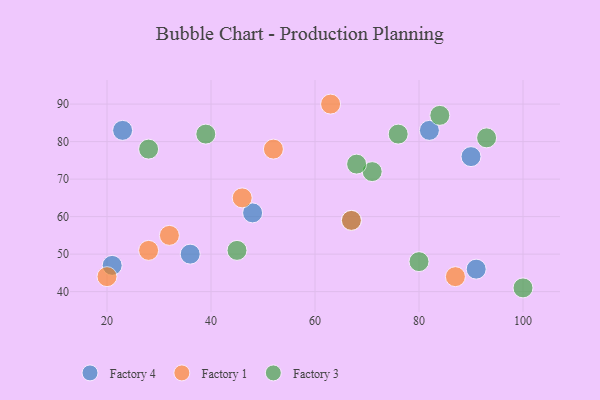
{"axis": {"x": "GDP", "y": "Life Expectancy"}, "legend": ["Factory 1", "Factory 3", "Factory 4"], "data": [{"x": "36", "y": 50, "type": "Factory 4"}, {"x": "91", "y": 46, "type": "Factory 4"}, {"x": "90", "y": 76, "type": "Factory 4"}, {"x": "21", "y": 47, "type": "Factory 4"}, {"x": "82", "y": 83, "type": "Factory 4"}, {"x": "23", "y": 83, "type": "Factory 4"}, {"x": "48", "y": 61, "type": "Factory 4"}, {"x": "67", "y": 59, "type": "Factory 4"}, {"x": "20", "y": 44, "type": "Factory 1"}, {"x": "28", "y": 51, "type": "Factory 1"}, {"x": "67", "y": 59, "type": "Factory 1"}, {"x": "32", "y": 55, "type": "Factory 1"}, {"x": "63", "y": 90, "type": "Factory 1"}, {"x": "87", "y": 44, "type": "Factory 1"}, {"x": "46", "y": 65, "type": "Factory 1"}, {"x": "52", "y": 78, "type": "Factory 1"}, {"x": "84", "y": 87, "type": "Factory 3"}, {"x": "28", "y": 78, "type": "Factory 3"}, {"x": "45", "y": 51, "type": "Factory 3"}, {"x": "71", "y": 72, "type": "Factory 3"}, {"x": "39", "y": 82, "type": "Factory 3"}, {"x": "100", "y": 41, "type": "Factory 3"}, {"x": "80", "y": 48, "type": "Factory 3"}, {"x": "93", "y": 81, "type": "Factory 3"}, {"x": "68", "y": 74, "type": "Factory 3"}, {"x": "76", "y": 82, "type": "Factory 3"}]}